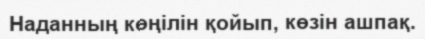
Наданның көңілін қойып, көзін ашпақ.